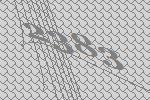
2383